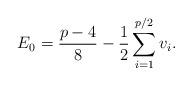
LaTeX: \begin{align*}E_0=\frac{p-4}{8}-\frac{1}{2}\sum_{i=1}^{p/2} v_i.\end{align*}